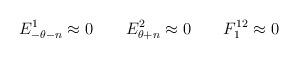
LaTeX: \begin{align*} E^1_{-\theta-n}\approx{}0 \qquad E^2_{\theta+n}\approx{}0\qquad F^{12}_{1}\approx{}0\end{align*}